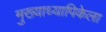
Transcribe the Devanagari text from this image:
मुख्याध्यापिकेला